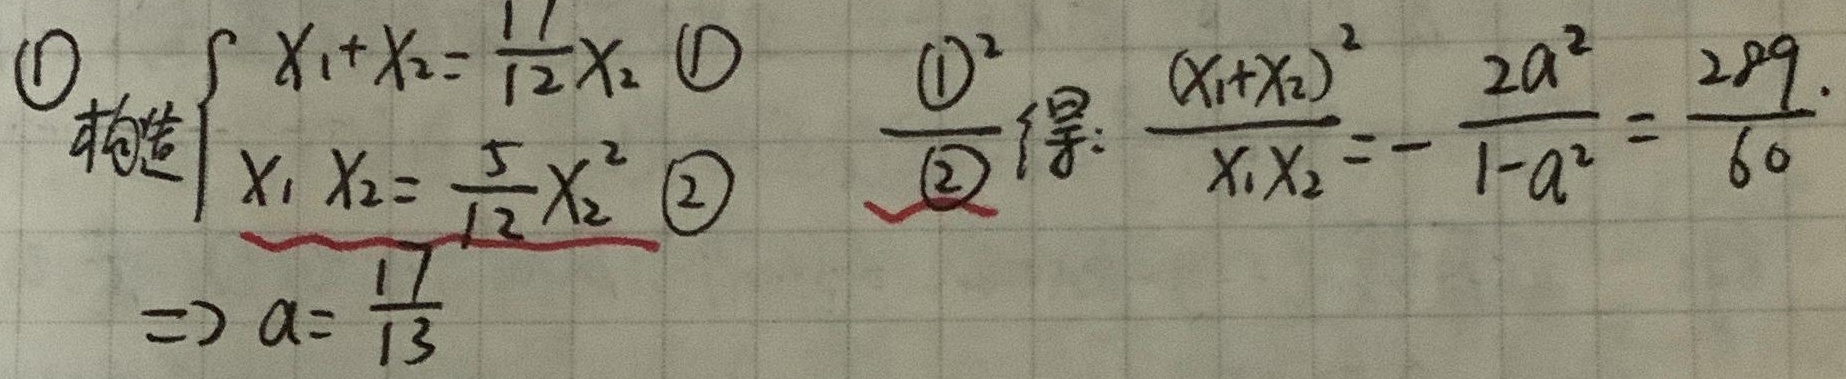
1. 构造
\(\begin{cases}
x_{1}+x_{2}=\frac{11}{12}x_{2} \quad\textcircled{1}\\
x_{1}x_{2}=\frac{5}{12}x_{2}^{2} \quad\textcircled{2}
\end{cases}\)
\(\frac{\textcircled{1}^{2}}{\textcircled{2}}\)得：\(\frac{(x_{1}+x_{2})^{2}}{x_{1}x_{2}}=-\frac{2a^{2}}{1 - a^{2}}=\frac{289}{60}\)
\(\Rightarrow a = \frac{17}{13}\)